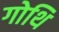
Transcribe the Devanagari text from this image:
गोथि